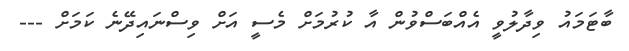
ބާޓަމައު ވިދާލުވީ އެއްބަސްވުން އާ ކުރުމަށް މެސީ އަށް ވިސްނައިދޭނެ ކަމަށް ---